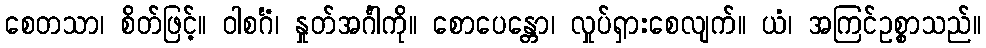
စေတသာ၊ စိတ်ဖြင့်။ ဝါစင်္ဂံ၊ နှုတ်အင်္ဂါကို။ စောပေန္တော၊ လှုပ်ရှားစေလျက်။ ယံ၊ အကြင်ဥစ္စာသည်။